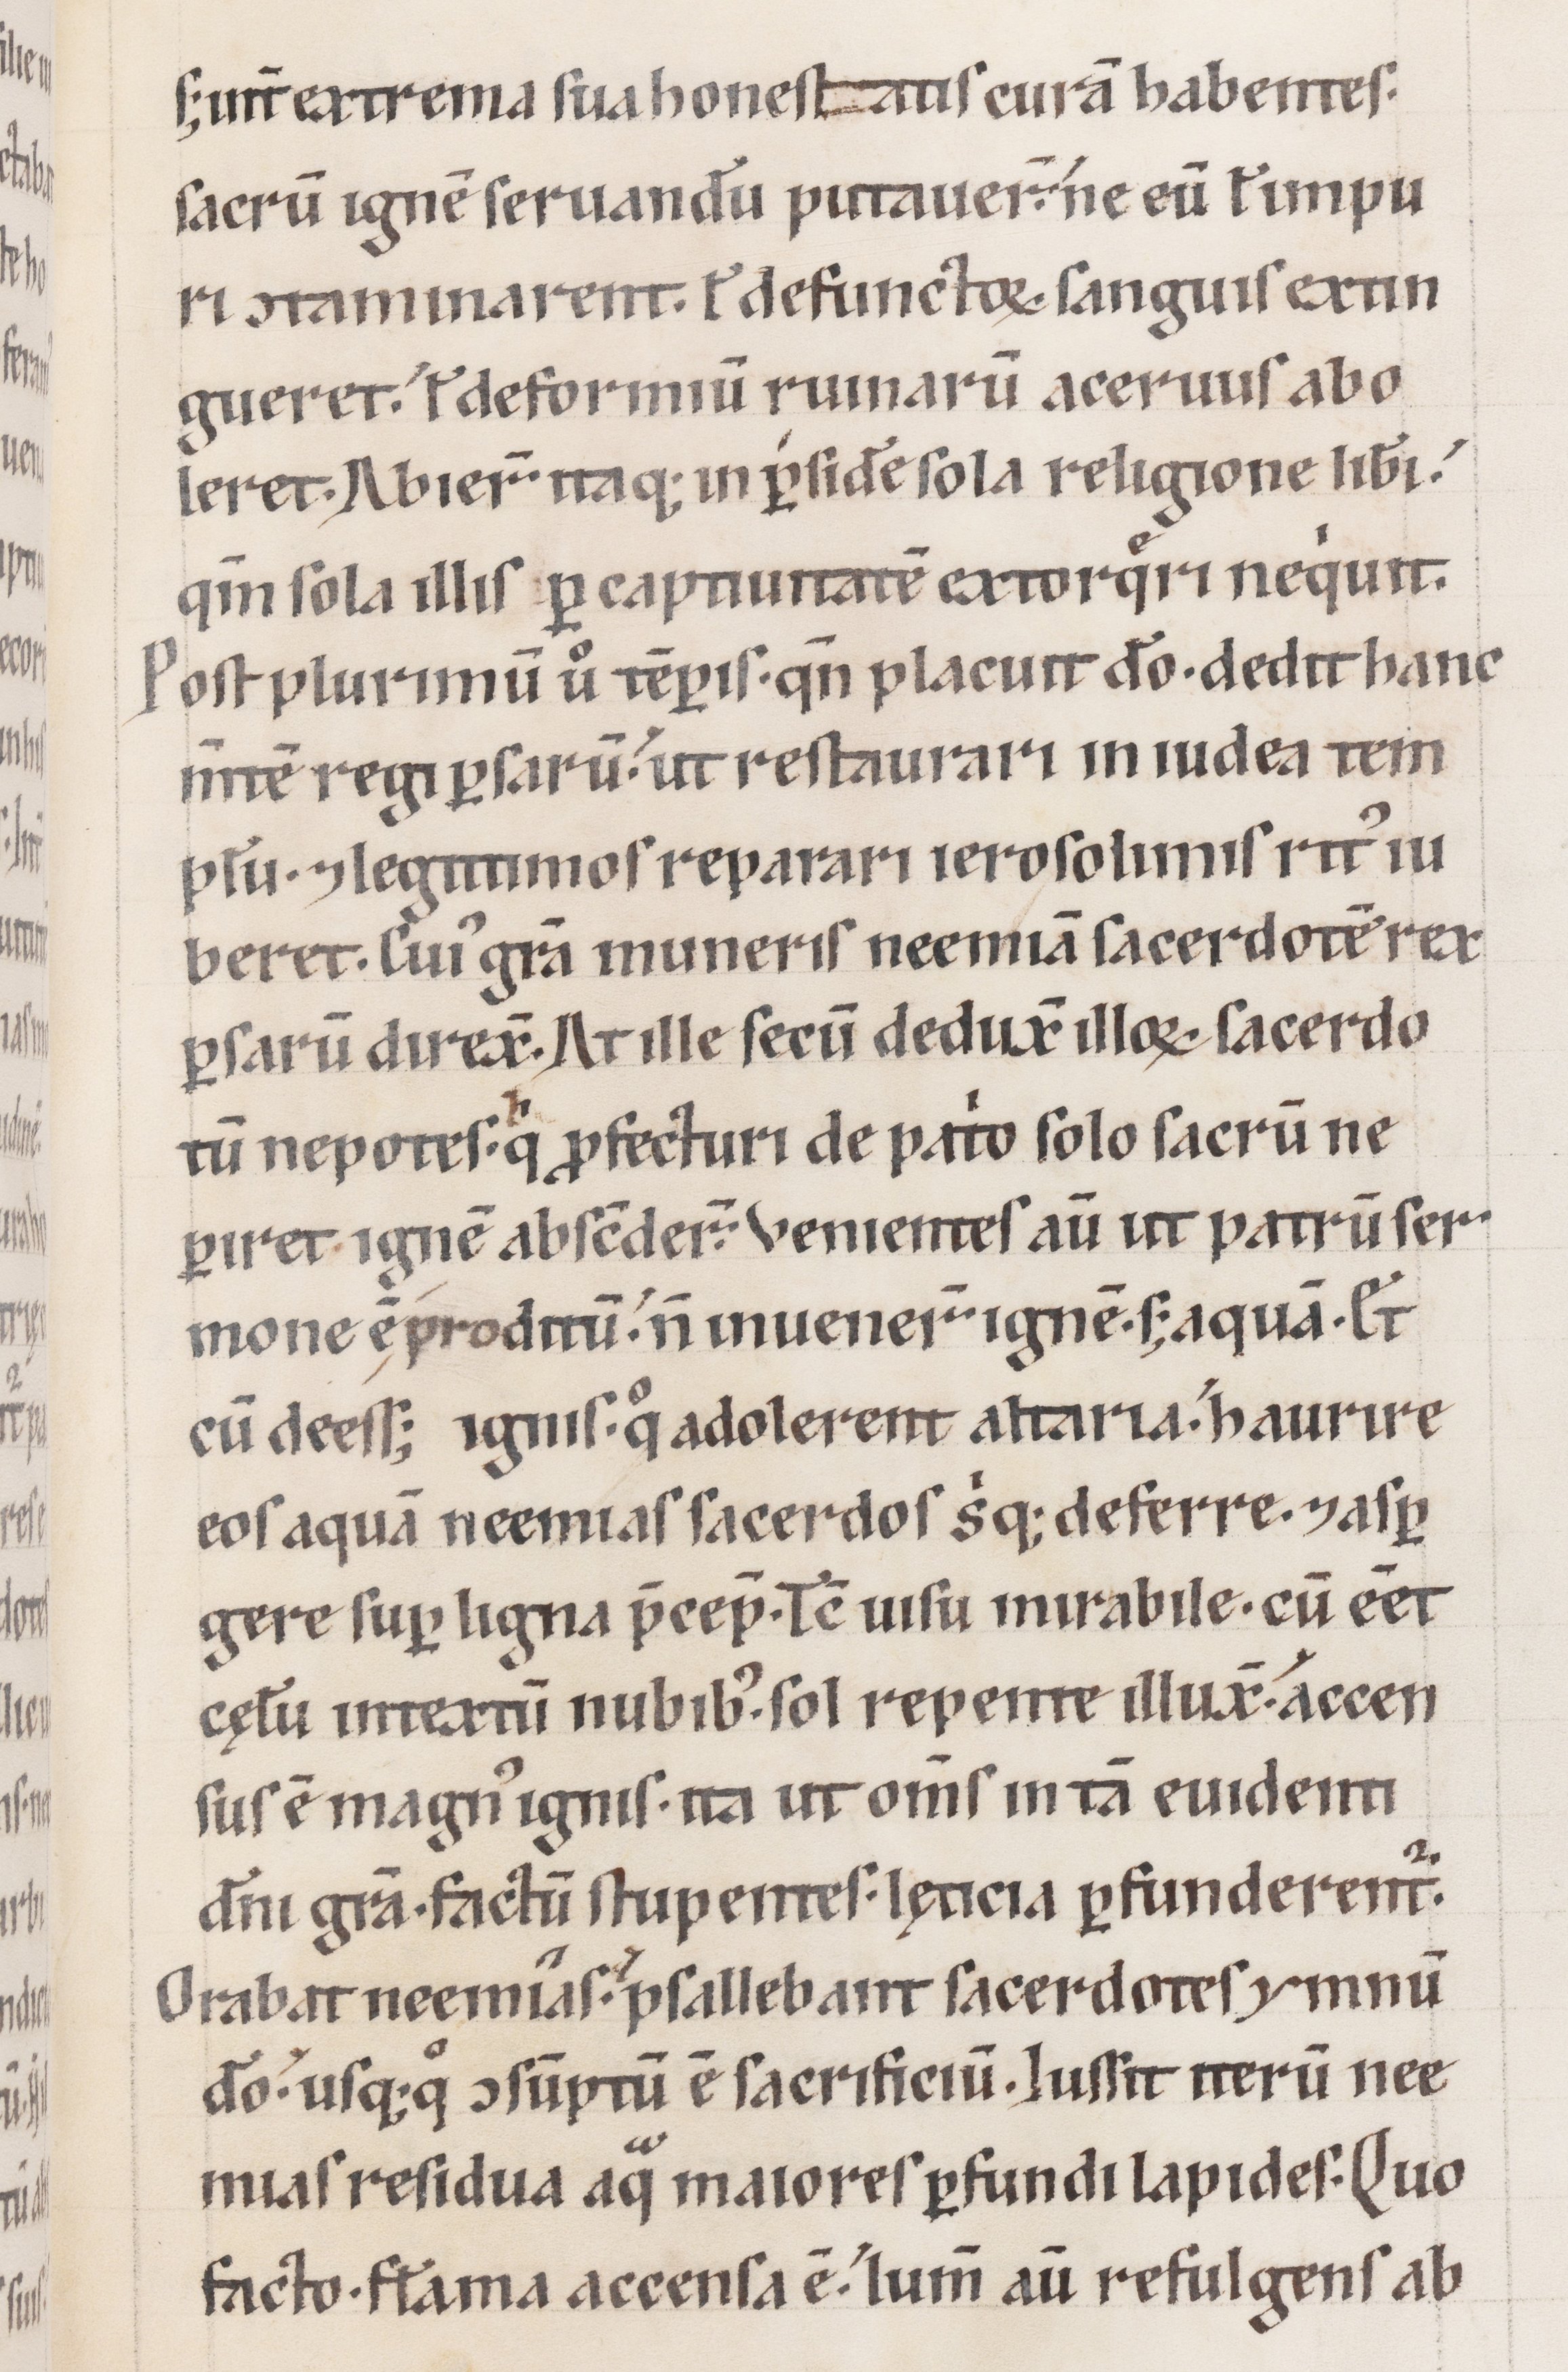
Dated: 1100–1199